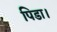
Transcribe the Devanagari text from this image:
पिडा।